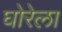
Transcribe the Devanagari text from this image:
घोरेला